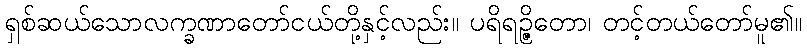
ရှစ်ဆယ်သောလက္ခဏာတော်ငယ်တို့နှင့်လည်း။ ပရိရဉ္ဇိတော၊ တင့်တယ်တော်မူ၏။